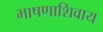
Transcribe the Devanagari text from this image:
भाषणाशिवाय